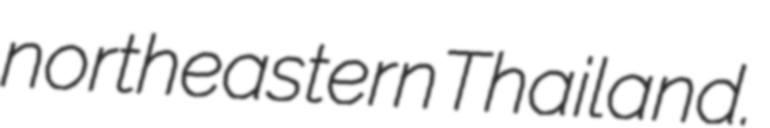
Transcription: northeastern Thailand.